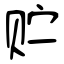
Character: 贮